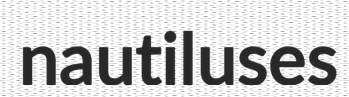
nautiluses